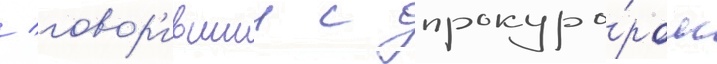
/ говор'ившии с прокуро́ром